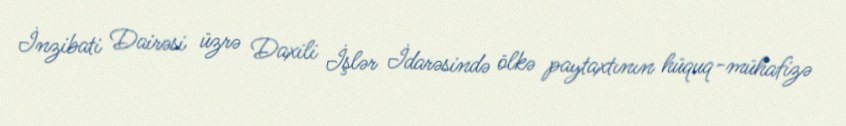
İnzibati Dairəsi üzrə Daxili İşlər İdarəsində ölkə paytaxtının hüquq-mühafizə